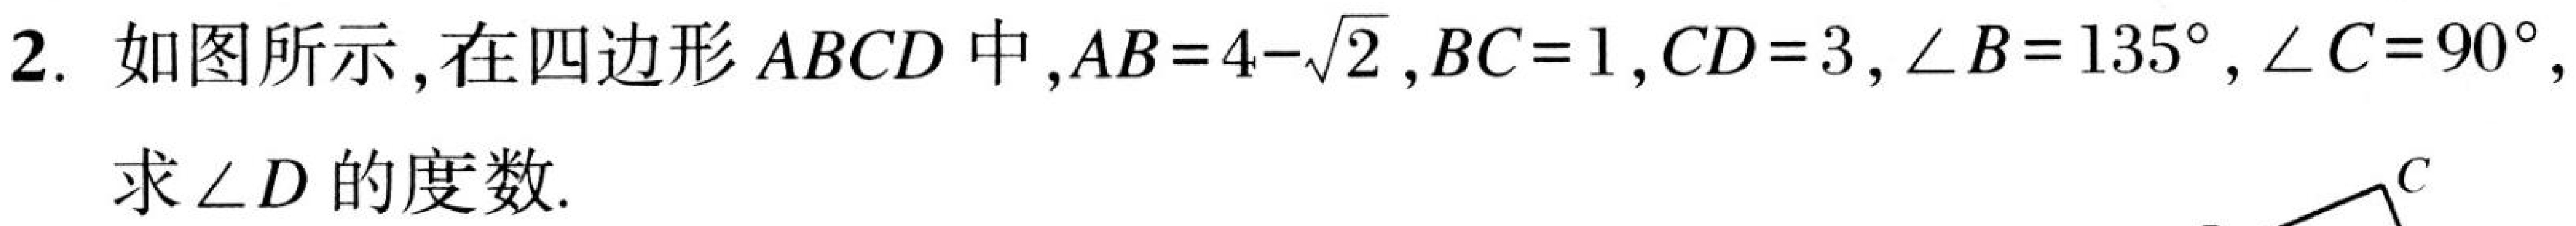
2. 如图所示，在四边形 \(ABCD\) 中，\(AB = 4 - \sqrt{2}\)，\(BC = 1\)，\(CD = 3\)，\(\angle B = 135^{\circ}\)，\(\angle C = 90^{\circ}\)，
求 \(\angle D\) 的度数.